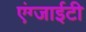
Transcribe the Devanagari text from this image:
एंग्जाईटी